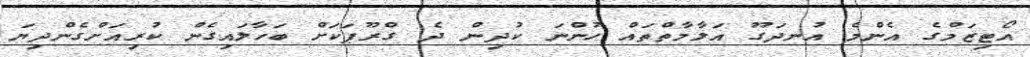
އޯޓިޒަމްގެ އެންމެ އުނދަގޫ އަލާމާތްތައް ހުންނަ ކުދިން ދެ ގްރޫޕަކަށް ބަހާލައިގެން ކުރިއަށްގެންދިޔަ